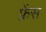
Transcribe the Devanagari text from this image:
फ्रेंस